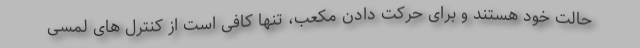
حالت خود هستند و برای حرکت دادن مکعب، تنها کافی است از کنترل های لمسی